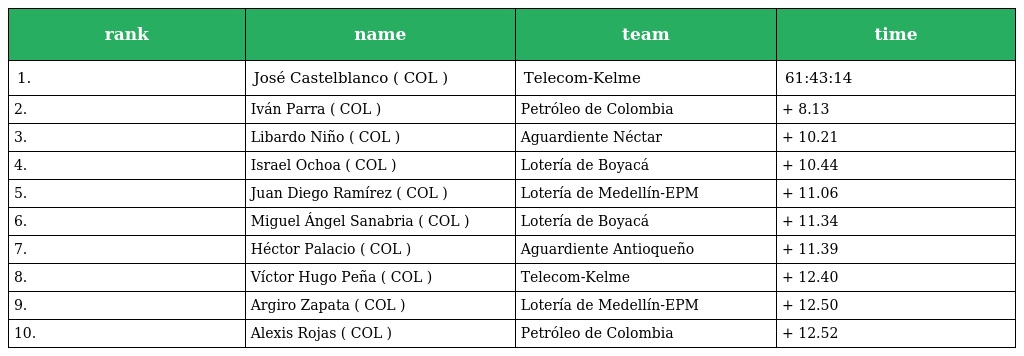
| rank | name | team | time |
 | --- | --- | --- | --- |
 | 1. | José Castelblanco ( COL ) | Telecom-Kelme | 61:43:14 |
 | 2. | Iván Parra ( COL ) | Petróleo de Colombia | + 8.13 |
 | 3. | Libardo Niño ( COL ) | Aguardiente Néctar | + 10.21 |
 | 4. | Israel Ochoa ( COL ) | Lotería de Boyacá | + 10.44 |
 | 5. | Juan Diego Ramírez ( COL ) | Lotería de Medellín-EPM | + 11.06 |
 | 6. | Miguel Ángel Sanabria ( COL ) | Lotería de Boyacá | + 11.34 |
 | 7. | Héctor Palacio ( COL ) | Aguardiente Antioqueño | + 11.39 |
 | 8. | Víctor Hugo Peña ( COL ) | Telecom-Kelme | + 12.40 |
 | 9. | Argiro Zapata ( COL ) | Lotería de Medellín-EPM | + 12.50 |
 | 10. | Alexis Rojas ( COL ) | Petróleo de Colombia | + 12.52 |